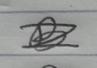
Signature authenticity: forged